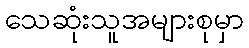
သေဆုံးသူအများစုမှာ